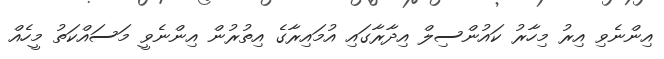
އިންނެވި އިރު މިހާރު ކައުންސިލް އިދާރާގައި އުމައިރާގެ އިތުރުން އިންނެވީ މަސައްކަތު މީހެއް